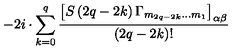
- 2 i \cdot \sum _ { k = 0 } ^ { q } \frac { \left[ S \left( 2 q - 2 k \right) \Gamma _ { m _ { 2 q - 2 k } \ldots m _ { 1 } } \right] _ { \alpha \beta } } { \left( 2 q - 2 k \right) ! }